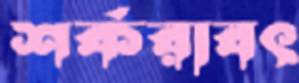
শর্করাবৎ